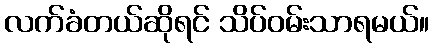
လက်ခံတယ်ဆိုရင် သိပ်ဝမ်းသာရမယ်။